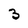
Character: 3